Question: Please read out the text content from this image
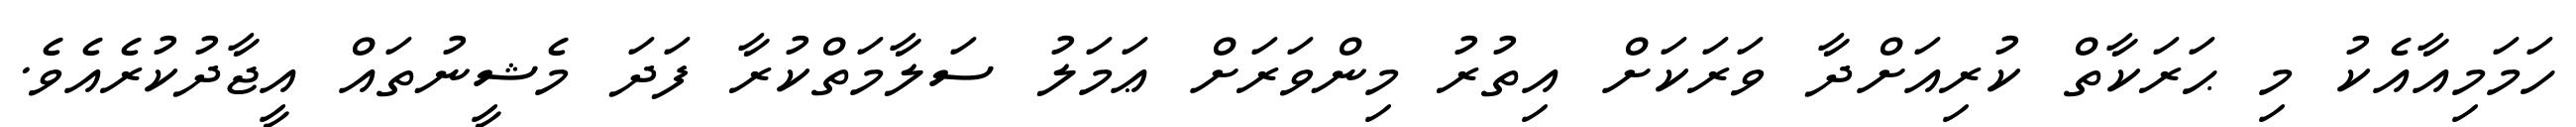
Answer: ހަމަމިއާއެކު މި ޙަރަކާތް ކުރިއަށްދާ ވަރަކަށް އިތުރު މިންވަރަށް ޢަމަލު ސަލާމަތްކުރާ ފަދަ މެޝީނުތައް އީޖާދުކުރެއެވެ.